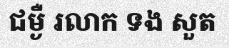
ជម្ងឺ រលាក ទង សួត